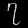
Digit: ၇